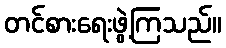
တင်စားရေးဖွဲ့ကြသည်။